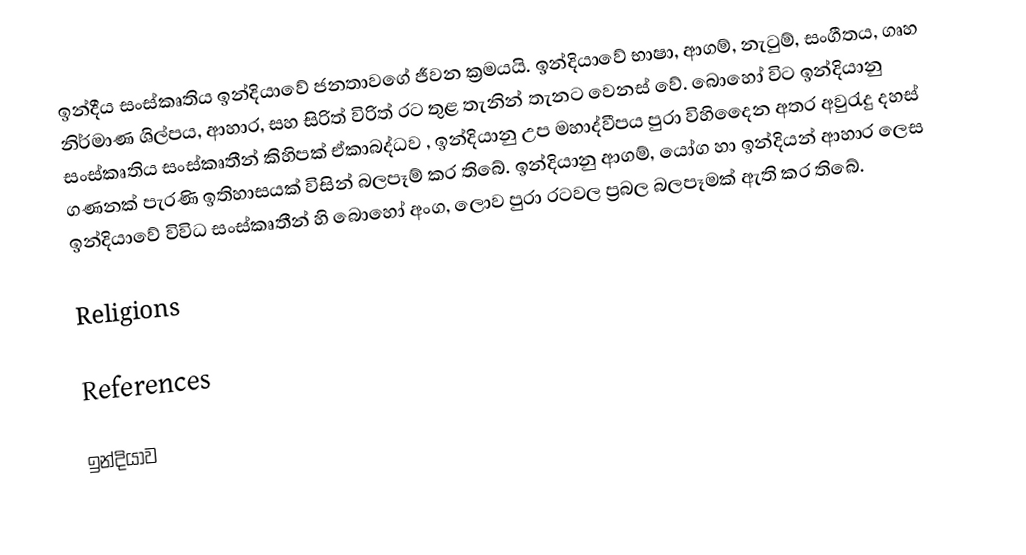
ඉන්දීය සංස්කෘතිය ඉන්දියාවේ ජනතාවගේ ජීවන ක්‍රමයයි. ඉන්දියාවේ භාෂා, ආගම්, නැටුම්, සංගීතය, ගෘහ නිර්මාණ ශිල්පය, ආහාර, සහ සිරිත් විරිත් රට තුළ තැනින් තැනට වෙනස් වේ. බොහෝ විට ඉන්දියානු සංස්කෘතිය සංස්කෘතීන් කිහිපක් ඒකාබද්ධව , ඉන්දියානු උප මහාද්වීපය පුරා විහිදෛන අතර අවුරැදු දහස් ගණනක් පැරණි ඉතිහාසයක් විසින් බලපෑම් කර තිබේ. ඉන්දියානු ආගම්, යෝග හා ඉන්දියන් ආහාර ලෙස ඉන්දියාවේ විවිධ සංස්කෘතීන් හි බොහෝ අංග, ලොව පුරා රටවල ප්‍රබල බලපෑමක් ඇති කර තිබේ.

Religions

References

ඉන්දියාව